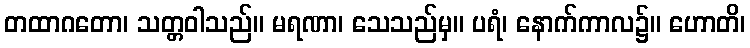
တထာဂတော၊ သတ္တဝါသည်။ မရဏာ၊ သေသည်မှ။ ပရံ၊ နောက်ကာလ၌။ ဟောတိ၊